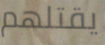
يقتلهم